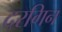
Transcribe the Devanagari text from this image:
दरगिन